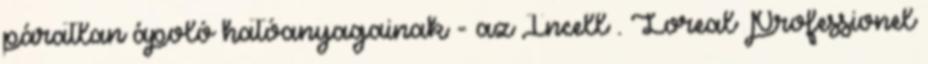
páratlan ápoló hatóanyagainak - az Incell . Loreal Professionel